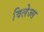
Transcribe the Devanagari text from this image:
विलेज्स